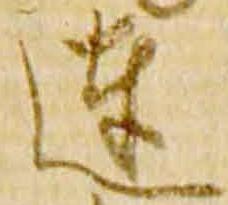
達